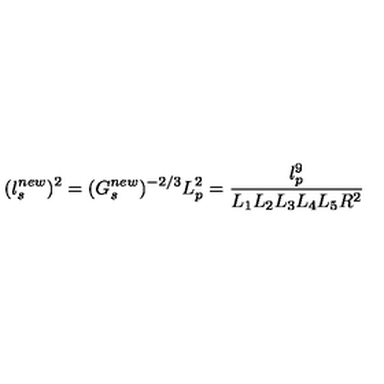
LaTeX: ( l _ { s } ^ { n e w } ) ^ { 2 } = ( G _ { s } ^ { n e w } ) ^ { - 2 / 3 } L _ { p } ^ { 2 } = \frac { l _ { p } ^ { 9 } } { L _ { 1 } L _ { 2 } L _ { 3 } L _ { 4 } L _ { 5 } R ^ { 2 } }